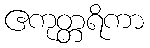
ဧကုတ္တရိကာ